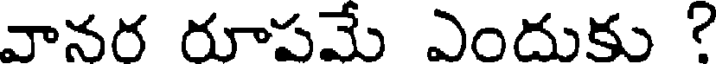
వానర రూపమే ఎందుకు ?